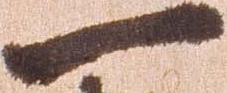
一